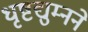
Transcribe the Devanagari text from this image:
धृष्टद्युम्नने